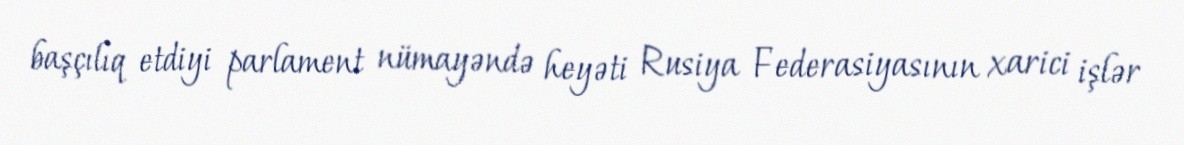
başçılıq etdiyi parlament nümayəndə heyəti Rusiya Federasiyasının xarici işlər